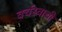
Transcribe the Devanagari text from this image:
वर्चस्वाची